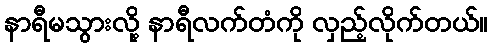
နာရီမသွားလို့ နာရီလက်တံကို လှည့်လိုက်တယ်။